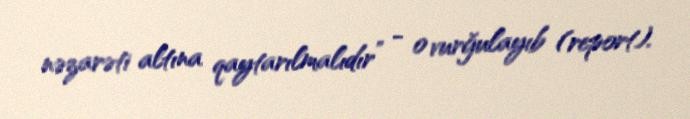
nəzarəti altına qaytarılmalıdır” - o vurğulayıb (report).